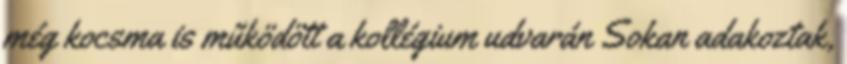
még kocsma is működött a kollégium udvarán Sokan adakoztak,